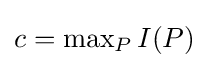
\textstyle c=\max _{P}I(P)